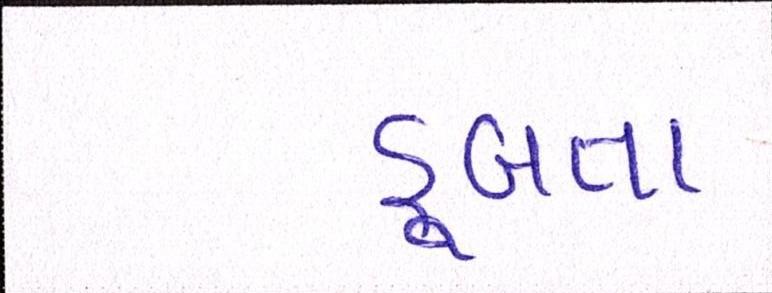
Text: ડૂબતા